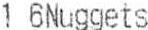
1 6NUGGETS